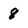
Character: 8